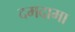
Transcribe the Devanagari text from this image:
दमदामा